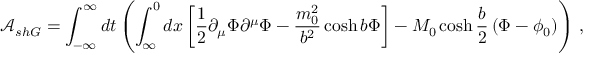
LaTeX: \mathcal { A } _ { s h G } = \int _ { - \infty } ^ { \infty } d t \left( \int _ { \infty } ^ { 0 } d x \left[ \frac { 1 } { 2 } \partial _ { \mu } \Phi \partial ^ { \mu } \Phi - \frac { m _ { 0 } ^ { 2 } } { b ^ { 2 } } \cosh b \Phi \right] - M _ { 0 } \cosh \frac { b } { 2 } \left( \Phi - \phi _ { 0 } \right) \right) \, ,